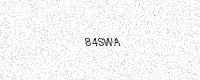
Text: 84SWA